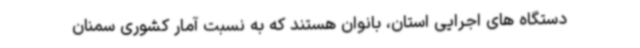
دستگاه های اجرایی استان، بانوان هستند که به نسبت آمار کشوری سمنان